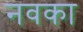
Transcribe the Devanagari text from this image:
नवका